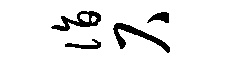
诣尺